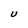
Character: U